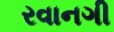
રવાનગી